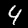
Digit: 4